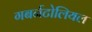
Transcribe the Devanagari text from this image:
गबर्नटोलियल